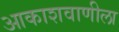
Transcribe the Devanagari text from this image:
आकाशवाणीला